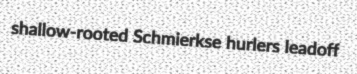
shallow-rooted Schmierkse hurlers leadoff